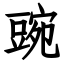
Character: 豌